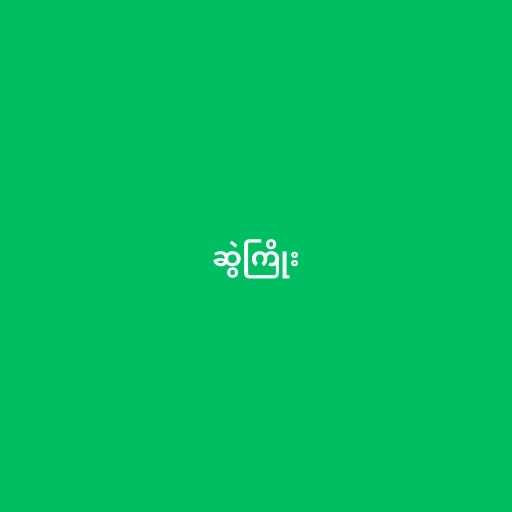
ဆွဲကြိုး